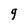
Character: q